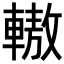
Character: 𨎞